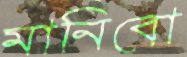
মানিবো